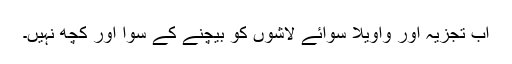
اب تجزیہ اور واویلا سوائے لاشوں کو بیچنے کے سوا اور کچھ نہیں۔